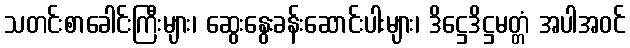
သတင်းစာခေါင်းကြီးများ၊ ဆွေးနွေးခန်းဆောင်းပါးများ၊ ဒိဋ္ဌေဒိဋ္ဌမတ္တံ အပါအဝင်